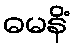
ဓမနိံ